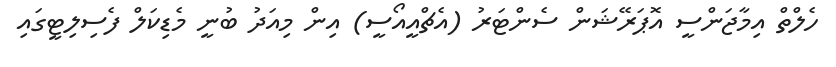
ހެލްތް އިމާޖަންސީ އޮޕަރޭޝަން ސެންޓަރު (އެޗްއީއޯސީ) އިން މިއަދު ބުނީ މެޑިކަލް ފެސިލިޓީގައި